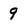
Character: 9